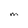
Character: M